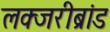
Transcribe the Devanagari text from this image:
लक्जरीब्रांड